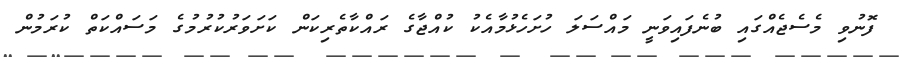
ފޮނުވި މެސެޖެއްގައި ބުނެފައިވަނީ މައްސަލަ ހުށަހެޅުމާއެކު ކުއްޖާގެ ރައްކާތެރިކަން ކަށަވަރުކުރުމުގެ މަސައްކަތް ކުރަމުން